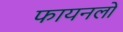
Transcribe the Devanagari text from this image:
फायनलों